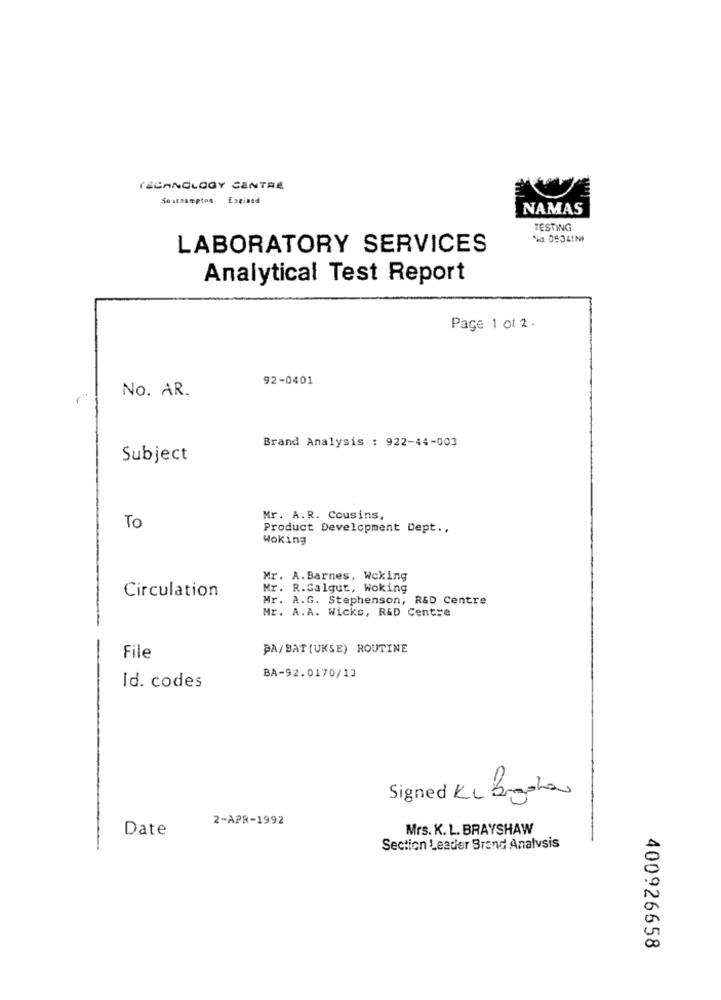
TECHNOLOGY CENTRE
Sostaampton Esgiand
NAMAS
TESTING
LABORATORY SERVICES
Analytical Test Report
Page 1 of 2.
92-0401
No. AR.
Brand Analysis : 922-44-003
Subject
Mr. A.R. Cousins,
To
Product Development Dept ..
Woking
Mr. A.Barnes, Woking
Circulation
Mr. R.Galgut, Woking
Mr. A.G. Stephenson, R&D Centre
Mr. A.A. Wicks, R&D Centre
DA/BAT[UKSE) ROUTINE
File
BA-92.0170/13
Id. codes
-
Signed KL Bogota
2-APR-1992
-
Date
Mrs. K. L. BRAYSHAW
Section Leader Brand Analysis
400926658